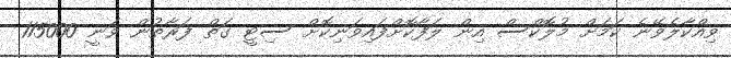
ވިއްކާލެވޭނެ ކަމަށް މުލޮކްސް އިން ލަފާކޮށްފައިވަނިކޮށް ސިޓީ ގަތް ފަރާތުން ވަނީ 115000